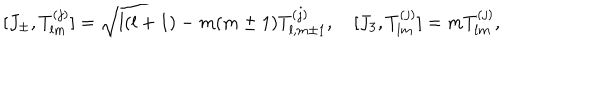
[ J _ { \pm } , T _ { l m } ^ { ( j ) } ] = \sqrt { l ( l + 1 ) - m ( m \pm 1 ) } T _ { l , m \pm 1 } ^ { ( j ) } , \quad [ J _ { 3 } , T _ { l m } ^ { ( j ) } ] = m T _ { l m } ^ { ( j ) } ,